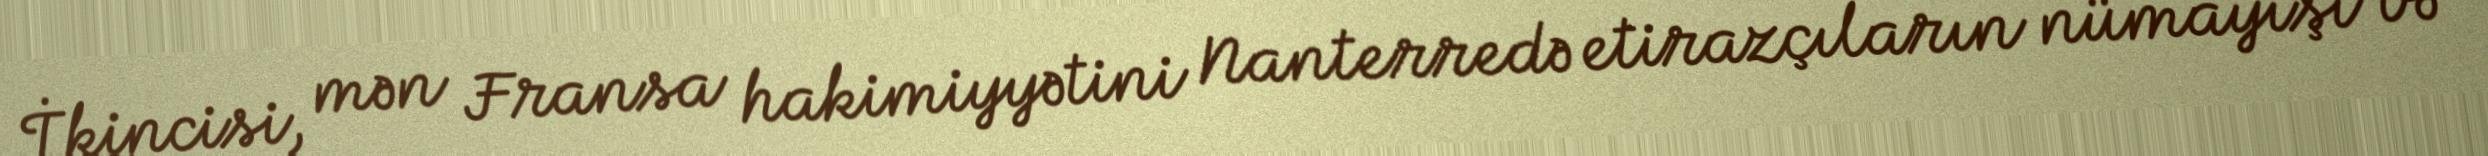
İkincisi, mən Fransa hakimiyyətini Nanterredə etirazçıların nümayişi və